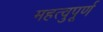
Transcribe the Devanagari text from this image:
महत्वुपूर्ण